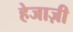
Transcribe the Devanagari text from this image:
हेजाज़ी